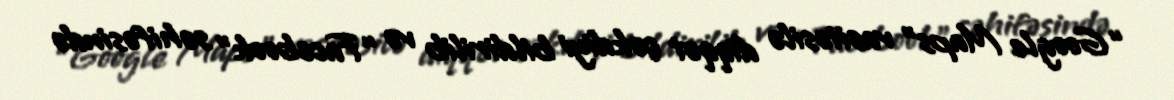
“Google Maps” vasitəsilə diqqət çəkdiyi bildirilib və “Facebook” səhifəsində